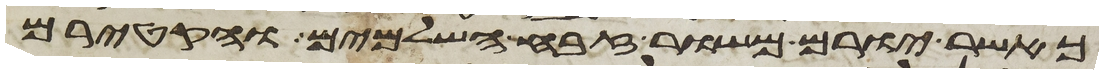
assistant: כאשר יורם משור זבח השלמים והקטירם